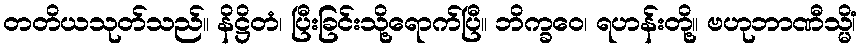
တတိယသုတ်သည်။ နိဋ္ဌိတံ၊ ပြီးခြင်းသို့ရောက်ပြီ။ ဘိက္ခဝေ၊ ရဟန်းတို့။ ဗဟုဘာဏီသ္မိံ၊